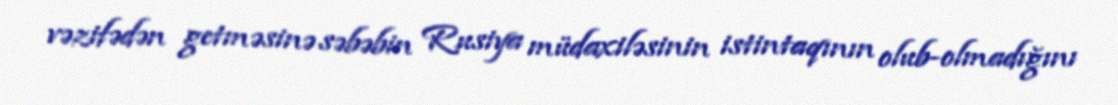
vəzifədən getməsinə səbəbin Rusiya müdaxiləsinin istintaqının olub-olmadığını